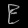
Digit: ၉